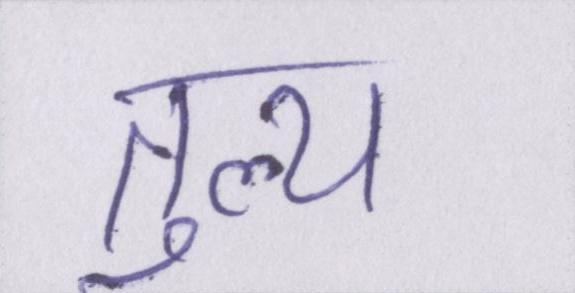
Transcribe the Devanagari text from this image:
तुल्य